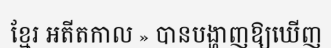
ខ្មែរ អតីតកាល » បានបង្ហាញឱ្យឃើញ